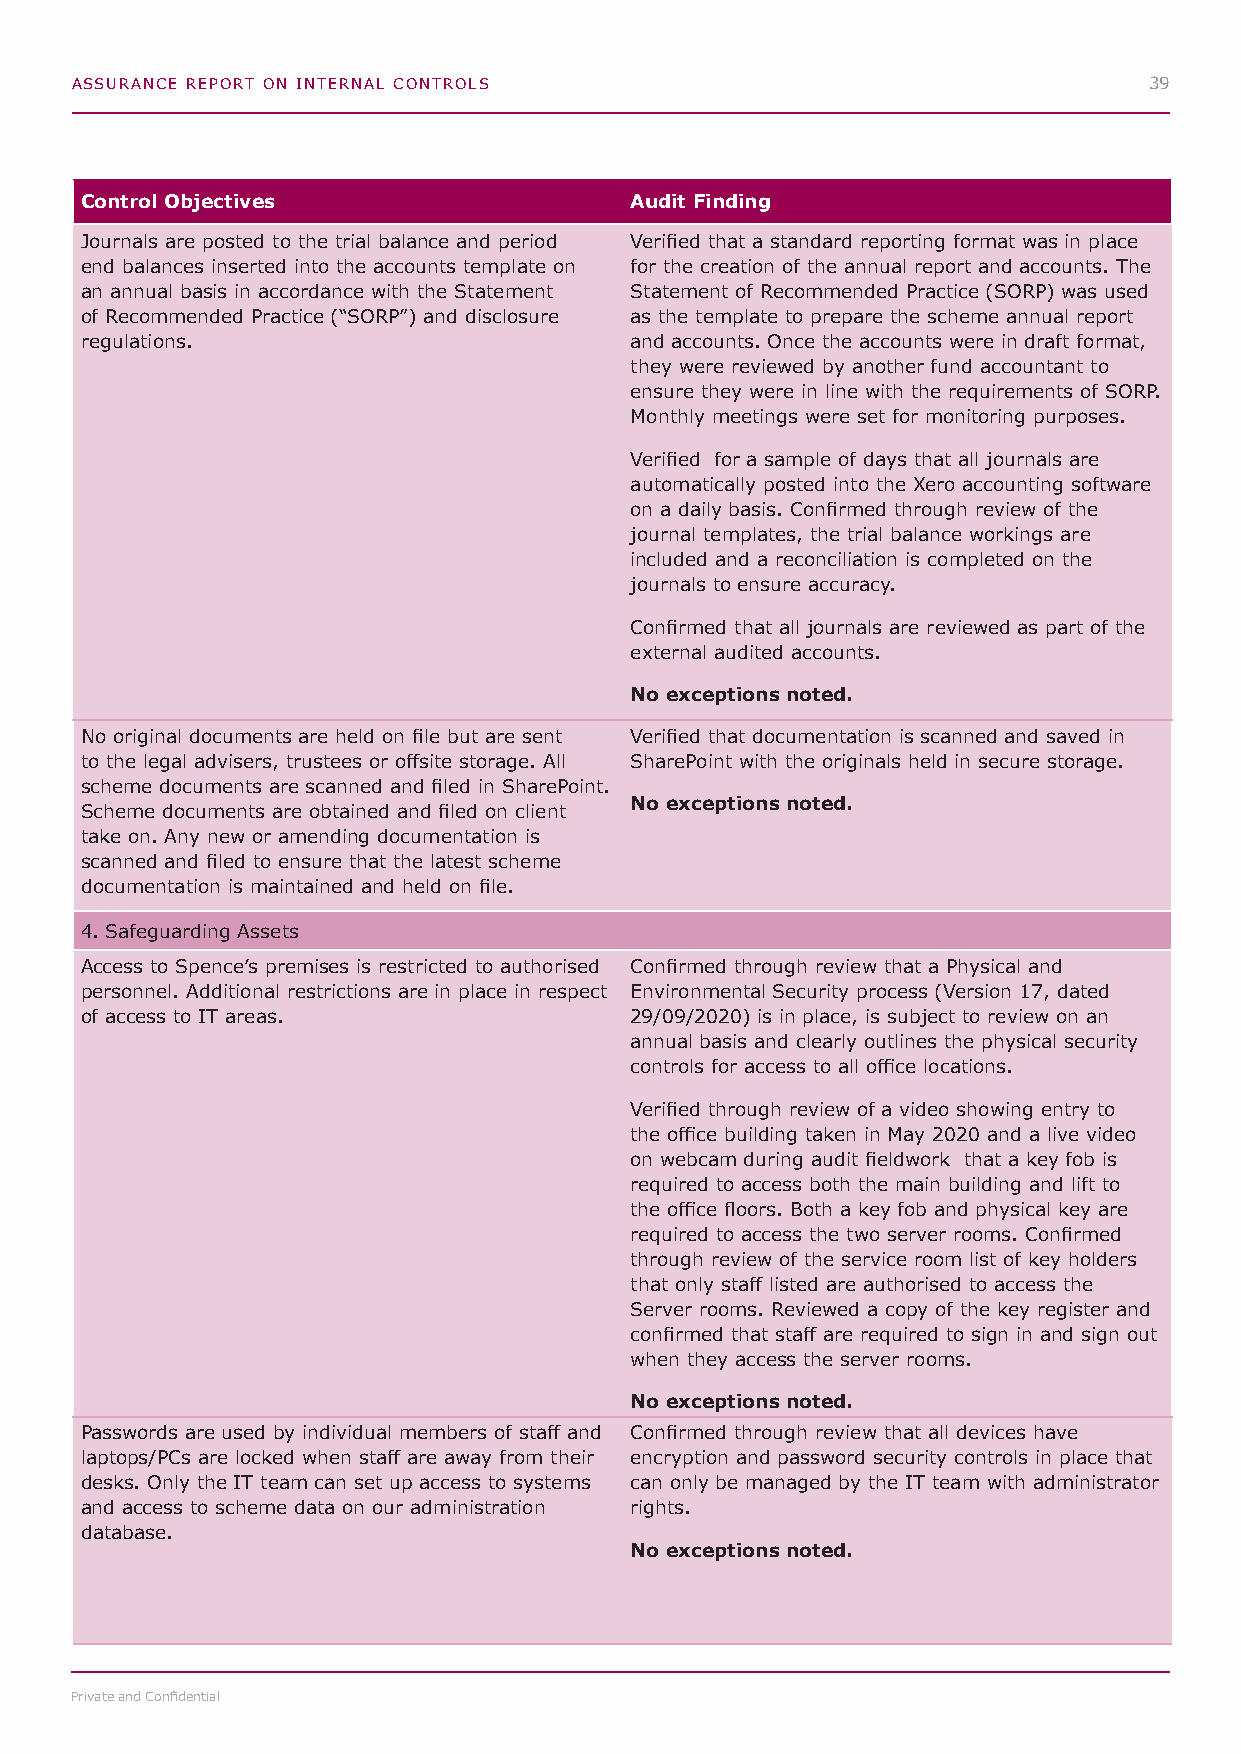
ASSURANCE REPORT ON INTERNAL CONTROLS                                  39
 Control Objectives                   Audit Finding
 Journals are posted to the trial balance and period Verified that a standard reporting format was in place
 end balances inserted into the accounts template on for the creation of the annual report and accounts. The
 an annual basis in accordance with the Statement Statement of Recommended Practice (SORP) was used
 of Recommended Practice (“SORP”) and disclosure as the template to prepare the scheme annual report
 regulations.                         and accounts. Once the accounts were in draft format,
 they were reviewed by another fund accountant to
 ensure they were in line with the requirements of SORP.
 Monthly meetings were set for monitoring purposes.
 Verified for a sample of days that all journals are
 automatically posted into the Xero accounting software
 on a daily basis. Confirmed through review of the
 journal templates, the trial balance workings are
 included and a reconciliation is completed on the
 journals to ensure accuracy.
 Confirmed that all journals are reviewed as part of the
 external audited accounts.
 No exceptions noted.
 No original documents are held on file but are sent Verified that documentation is scanned and saved in
 to the legal advisers, trustees or offsite storage. All SharePoint with the originals held in secure storage.
 scheme documents are scanned and filed in SharePoint.
 No exceptions noted.
 Scheme documents are obtained and filed on client
 take on. Any new or amending documentation is
 scanned and filed to ensure that the latest scheme
 documentation is maintained and held on file.
 4. Safeguarding Assets
 Access to Spence’s premises is restricted to authorised Confirmed through review that a Physical and
 personnel. Additional restrictions are in place in respect Environmental Security process (Version 17, dated
 of access to IT areas.               29/09/2020) is in place, is subject to review on an
 annual basis and clearly outlines the physical security
 controls for access to all office locations.
 Verified through review of a video showing entry to
 the office building taken in May 2020 and a live video
 on webcam during audit fieldwork that a key fob is
 required to access both the main building and lift to
 the office floors. Both a key fob and physical key are
 required to access the two server rooms. Confirmed
 through review of the service room list of key holders
 that only staff listed are authorised to access the
 Server rooms. Reviewed a copy of the key register and
 confirmed that staff are required to sign in and sign out
 when they access the server rooms.
 No exceptions noted.
 Passwords are used by individual members of staff and Confirmed through review that all devices have
 laptops/PCs are locked when staff are away from their encryption and password security controls in place that
 desks. Only the IT team can set up access to systems can only be managed by the IT team with administrator
 and access to scheme data on our administration rights.
 database.
 No exceptions noted.
 Private and Confidential